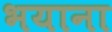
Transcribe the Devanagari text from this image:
भयाना